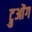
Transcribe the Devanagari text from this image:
ट्रुओंग